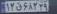
۱۲ق۶۸۲۲۹